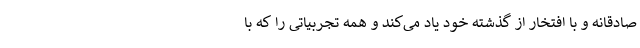
صادقانه و با افتخار از گذشته خود یاد می‌کند و همه تجربیاتی را که با